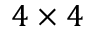
4 \times 4